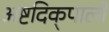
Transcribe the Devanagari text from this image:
अष्टदिक्‌पालों